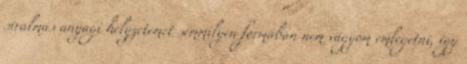
siralmas anyagi helyzetemet semmilyen formában nem vágyom emlegetni, így